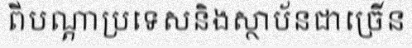
ពីបណ្តាប្រទេសនិងស្ថាប័នជាច្រើន